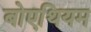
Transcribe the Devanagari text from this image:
बोएथियम